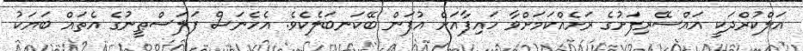
އަލްކުރްދަކީ އައްސޭރިފަށުގެ ރަށެއްކަމަށްވާ ހައިފާއަށް އުފަން ބޭކަނބަލެކެވެ. އެހެނަސް ފަލަސްޠީނުގެ އެތައް ބަޔަކު